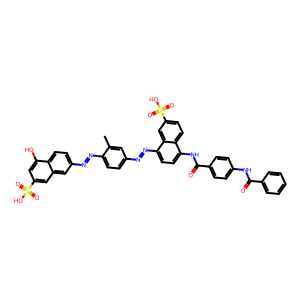
SMILES: Cc1cc(N=Nc2ccc(NC(=O)c3ccc(NC(=O)c4ccccc4)cc3)c3ccc(S(=O)(=O)O)cc23)ccc1N=Nc1ccc2c(O)cc(S(=O)(=O)O)cc2c1
Inhibits HIV replication: No